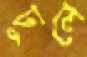
ঢুলে